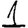
Digit: 1